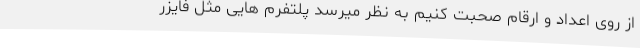
از روی اعداد و ارقام صحبت کنیم به نظر میرسد پلتفرم هایی مثل فایزر